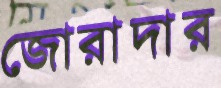
জোরাদার